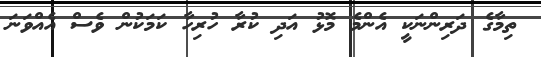
ތިމާގެ ދަރިންނަކީ އެންމެ މޮޅު އަދި ކުރާ ހުރިހާ ކަމަކުން ވެސް އެއްވަނަ